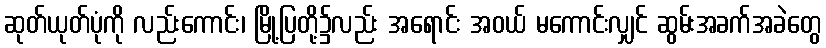
ဆုတ်ယုတ်ပုံကို လည်းကောင်း၊ မြို့ပြတို့၌လည်း အရောင်း အဝယ် မကောင်းလျှင် ဆွမ်းအခက်အခဲတွေ